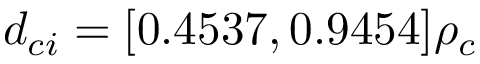
d _ { c i } = [ 0 . 4 5 3 7 , 0 . 9 4 5 4 ] \rho _ { c }